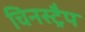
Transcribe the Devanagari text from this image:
चिनस्ट्रैप